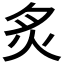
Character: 炙